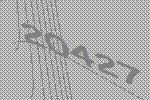
20427